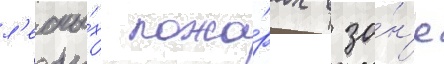
л'есны́х пожа́рах в зо́н'е